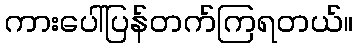
ကားပေါ်ပြန်တက်ကြရတယ်။